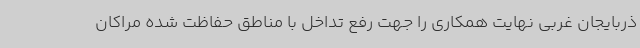
ذربایجان غربی نهایت همکاری را جهت رفع تداخل با مناطق حفاظت شده مراکان